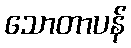
သောတာပန်